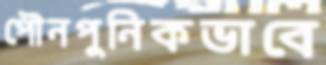
পৌনপুনিকভাবে